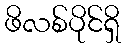
ဖိလစ်ပိုင်ရှိ